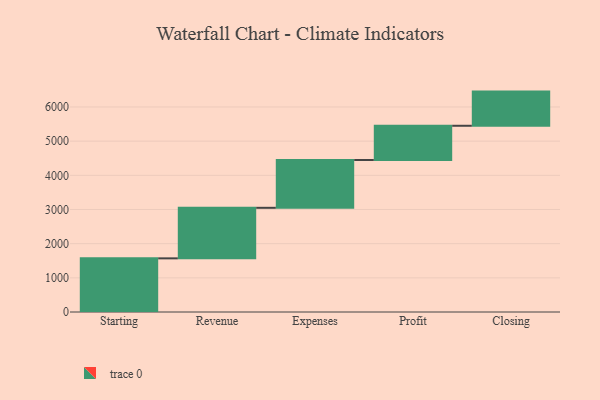
{"axis": {"x": "Step", "y": "Value"}, "legend": [""], "data": [{"x": "Starting", "y": 1570.0, "type": ""}, {"x": "Revenue", "y": 1479.0, "type": ""}, {"x": "Expenses", "y": 1399.0, "type": ""}, {"x": "Profit", "y": 1002.0, "type": ""}, {"x": "Closing", "y": 1000, "type": ""}]}